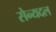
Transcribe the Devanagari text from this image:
सेन्यदल